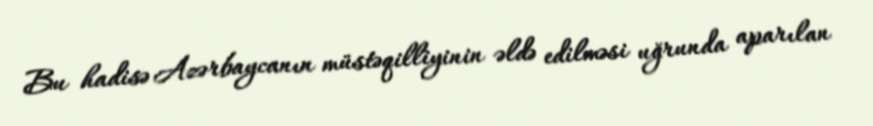
Bu hadisə Azərbaycanın müstəqilliyinin əldə edilməsi uğrunda aparılan